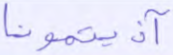
آذيتمونا